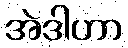
အဲဒါဟာ